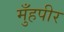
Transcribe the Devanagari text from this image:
मुँहपीर